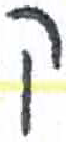
אות: ק